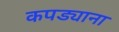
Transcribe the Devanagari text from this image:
कपड्याना